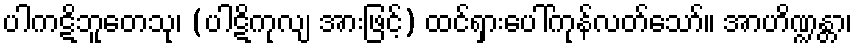
ပါကဋိဘူတေသု၊ (ပါဋိကုလျ အားဖြင့်) ထင်ရှားပေါ်ကုန်လတ်သော်။ အာဟိဏ္ဍန္တာ၊